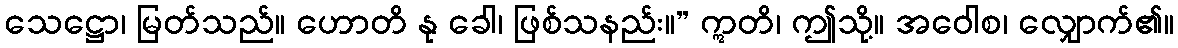
သေဋ္ဌော၊ မြတ်သည်။ ဟောတိ နု ခေါ၊ ဖြစ်သနည်း။” ဣတိ၊ ဤသို့။ အဝေါစ၊ လျှောက်၏။